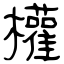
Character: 權